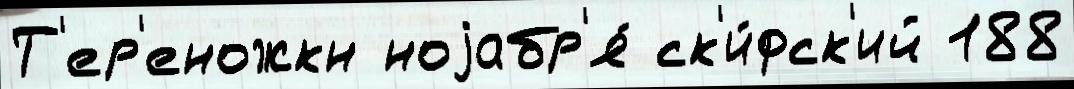
Т'ер'еножкн ноjабр'я́ ск'и́фск'ий 188